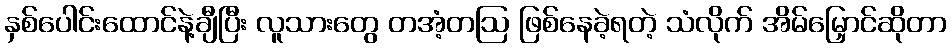
နှစ်ပေါင်းထောင်နဲ့ချီပြီး လူသားတွေ တအံ့တဩ ဖြစ်နေခဲ့ရတဲ့ သံလိုက် အိမ်မြှောင်ဆိုတာ